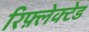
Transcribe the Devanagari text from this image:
रिफ़्लेक्टेड